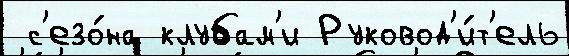
 с'езо́на клубам'и Руковод'и́т'ель